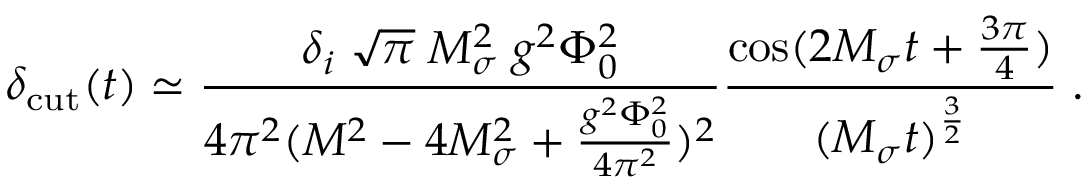
\delta _ { \mathrm { c u t } } ( t ) \simeq { \frac { \delta _ { i } \; \sqrt { \pi } \; M _ { \sigma } ^ { 2 } \; g ^ { 2 } \Phi _ { 0 } ^ { 2 } } { 4 \pi ^ { 2 } ( M ^ { 2 } - 4 M _ { \sigma } ^ { 2 } + { \frac { g ^ { 2 } \Phi _ { 0 } ^ { 2 } } { 4 \pi ^ { 2 } } } ) ^ { 2 } } } { \frac { \cos ( 2 M _ { \sigma } t + { \frac { 3 \pi } { 4 } } ) } { ( M _ { \sigma } t ) ^ { \frac { 3 } { 2 } } } } \; .